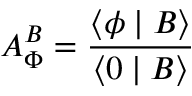
A _ { \Phi } ^ { B } = \frac { \langle \phi \mid B \rangle } { \langle 0 \mid B \rangle }